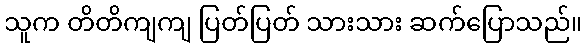
သူက တိတိကျကျ ပြတ်ပြတ် သားသား ဆက်ပြောသည်။